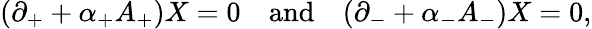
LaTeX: (\partial_{+}+\alpha_{+}A_{+})X=0\quad\mathrm{and}\quad(\partial_{-}+\alpha_{-}A_{-})X=0,